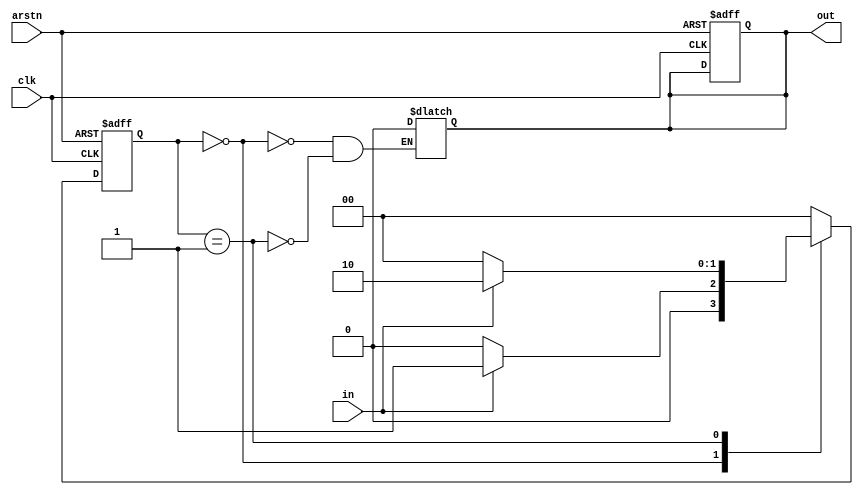
`timescale 1ns / 1ps
module moore_nonoverlap #(parameter s0=00, s1=01, s2=10, s3=11)(
    input in,clk, arstn,
    output reg out
    );
    reg [1:0] current_state, next_state;
    //state transition
    always@(posedge clk,negedge arstn)
    begin if(~arstn)begin
            current_state<=s0;
            out<=1'b0;
            end
                else current_state<=next_state;
    end 
    
    //next_state
    always@(current_state)
    begin
        case(current_state)
            s0:if(in==1)
                next_state=s1;
                else next_state=s0;
                
            s1:if(in==1)
                    next_state=s2;
                    else next_state=s0;
                    
             s2:if(in==0)
                    next_state=s3;
                    else next_state=s2;
                    
             s3:if(in==1)begin
                    next_state=s0;
                    out<=1'b1;end
                    else next_state=s0;
                         
                    
              default: next_state=s0;      
         endcase      
    end    
    
    //output logic
    always@(current_state)
    begin
        case(current_state)
        s0:out=1'b0;
        s1:out=1'b0;
        s2:out=1'b0;
        s3:if(in==1)
                out=1'b1;
                else out=1'b0;
        //default: out=1'hz;
         endcase
         
                
    
    end
    
endmodule